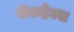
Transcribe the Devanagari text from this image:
मॅकहेल्स